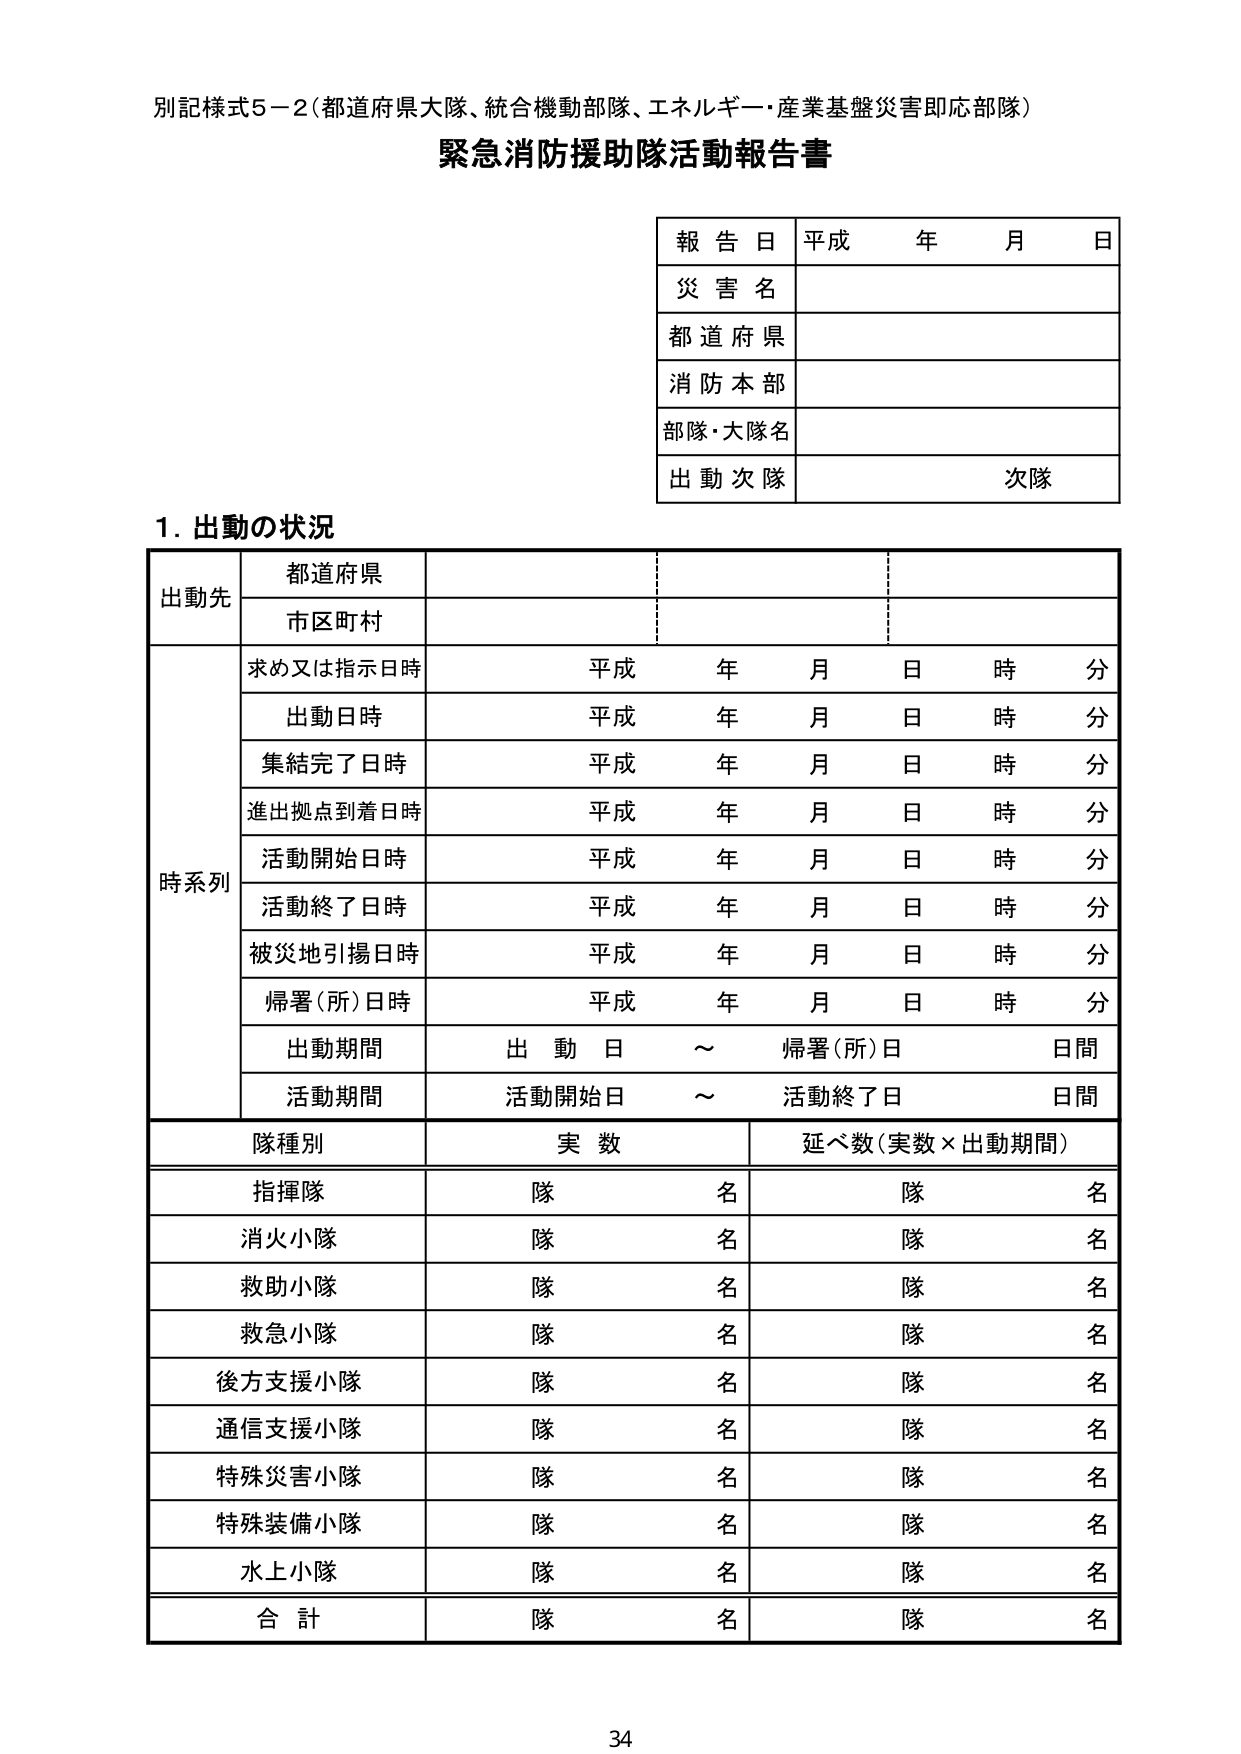
別記様式5－2（都道府県大隊、統合機動部隊、エネルギー・産業基盤災害即応部隊）
緊急消防援助隊活動報告書

報告日 平成 年 月 日
災害名
都道府県
消防本部
部隊・大隊名
出動次隊 次隊

1. 出動の状況

出動先
　都道府県
　市区町村

時系列
　求め又は指示日時 平成 年 月 日 時 分
　出動日時 平成 年 月 日 時 分
　集結完了日時 平成 年 月 日 時 分
　進出拠点到着日時 平成 年 月 日 時 分
　活動開始日時 平成 年 月 日 時 分
　活動終了日時 平成 年 月 日 時 分
　被災地引揚日時 平成 年 月 日 時 分
　帰署（所）日時 平成 年 月 日 時 分
　出動期間 出動日 ～ 帰署（所）日 日間
　活動期間 活動開始日 ～ 活動終了日 日間

隊種別 実数 延べ数（実数×出動期間）
　指揮隊 隊 名 隊 名
　消火小隊 隊 名 隊 名
　救助小隊 隊 名 隊 名
　救急小隊 隊 名 隊 名
　後方支援小隊 隊 名 隊 名
　通信支援小隊 隊 名 隊 名
　特殊災害小隊 隊 名 隊 名
　特殊装備小隊 隊 名 隊 名
　水上小隊 隊 名 隊 名
　合計 隊 名 隊 名

34